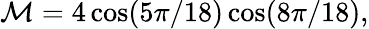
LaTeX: {\cal M}=4\cos(5\pi/18)\cos(8\pi/18),